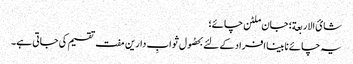
شائ الاربعة؛ جان ملٹن چائے؛
یہ چائے نابینا افراد کے لئے بحصُول ثوابِ دارین مفت تقسیم کی جاتی ہے۔